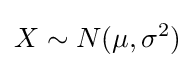
X\sim N(\mu ,\sigma ^{2})